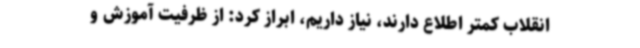
انقلاب کمتر اطلاع دارند، نیاز داریم، ابراز کرد: از ظرفیت آموزش و